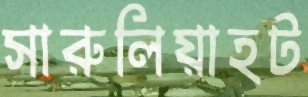
সারুলিয়াহট